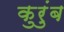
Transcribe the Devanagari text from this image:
कुरुंब